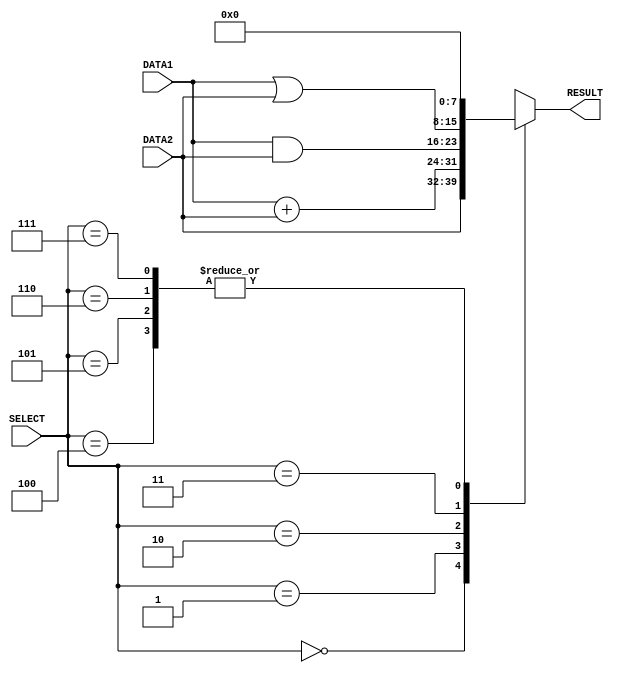





// alu model
module alu(DATA1, DATA2, RESULT, SELECT);
    //initializing the inputs and outputs
	input [7:0] DATA1;
	input [7:0] DATA2;
	input [2:0] SELECT;
	output [7:0] RESULT;

	reg [7:0] RESULT;

    //creating the always block which runs whenever a input is changed
	always @(DATA1,DATA2,SELECT)
	begin
	    //selecting based on the SELECT input using s switch case
		case(SELECT)
			  3'b000:
			    #1  RESULT = DATA2;          //Forward function
			  3'b001:
			    #2	RESULT = DATA1 + DATA2;   //Add and Sub function
			  3'b010:
			    #1  RESULT = DATA1 & DATA2;     //AND and Sub function
			  3'b011:
			    #1  RESULT = DATA1 | DATA2;     //OR and Sub function
			    //setting 1XX selection inputs.As there are reserved for future references it doesn't matter
			    //for the time being the output was set to 0 when the select is 1XX    
			    3'b100:
			        RESULT = 8'b00000000;  
			    3'b101:
			        RESULT = 8'b00000000;  
			    3'b110:
			        RESULT = 8'b00000000; 
			    3'b111:
			        RESULT = 8'b00000000;               
		endcase        
	end
endmodule